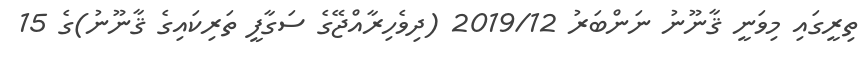
ތިރީގައި މިވަނީ ޤާނޫނު ނަންބަރު 2019/12 (ދިވެހިރާއްޖޭގެ ސަގާފީ ތަރިކައިގެ ޤާނޫނު)ގެ 15